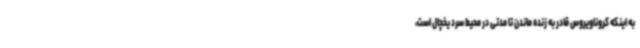
به اینکه کروناویروس قادر به زنده ماندن تا مدتی در محیط سرد یخچال است،